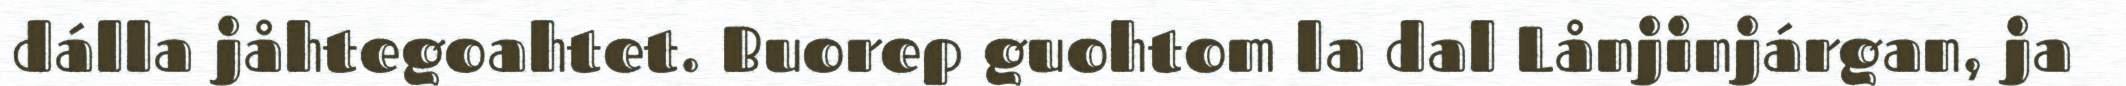
dálla jåhtegoahtet. Buorep guohtom la dal Lånjinjárgan, ja